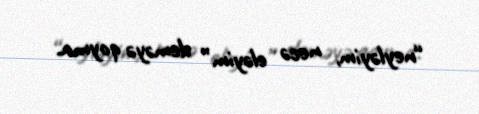
“neyləyim, necə eləyim” deməyə qoyma.